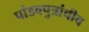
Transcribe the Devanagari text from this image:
पांडवपुत्रांचीच